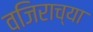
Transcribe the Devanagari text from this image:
वजिराच्या